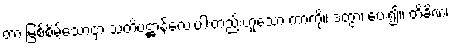
တားမြစ်စိမ့်သောငှာ သတိပဋ္ဌာန်လေးပါးတည်းဟူသော ကာကို။ ဒတွာ၊ ပေး၍။ တိခိဏံ၊